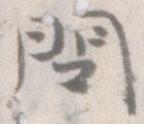
問